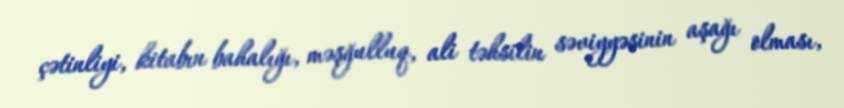
çətinliyi, kitabın bahalığı, məşğulluq, ali təhsilin səviyyəsinin aşağı olması,